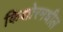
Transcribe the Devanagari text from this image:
किशोरमधील